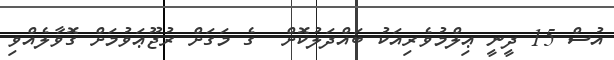
އުސް 15 ދީނީ ޢިލްމުވެރިއަކު ބައްދަލުކޮށް  ގެ މަގަށް ރުޖޫޢަވުމަށް ގޮވާލެއްވި